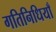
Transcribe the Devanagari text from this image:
गतिनिधियाँ